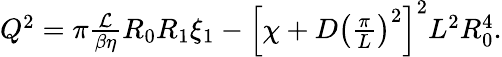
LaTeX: \begin{array}{r}{Q^{2}=\pi\frac{\mathcal{L}}{\beta\eta}R_{0}R_{1}\xi_{1}-\left[\chi+D\left(\frac{\pi}{L}\right)^{2}\right]^{2}L^{2}R_{0}^{4}.}\end{array}